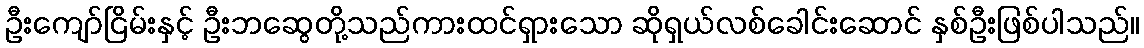
ဦးကျော်ငြိမ်းနှင့် ဦးဘဆွေတို့သည်ကားထင်ရှားသော ဆိုရှယ်လစ်ခေါင်းဆောင် နှစ်ဦးဖြစ်ပါသည်။